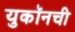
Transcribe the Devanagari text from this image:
युकॉनची